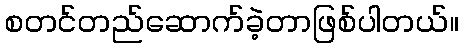
စတင်တည်ဆောက်ခဲ့တာဖြစ်ပါတယ်။